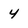
Character: 4